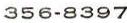
356-8397